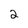
Character: 2